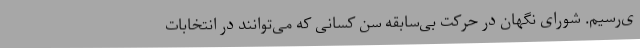
ی‌رسیم. شورای نگهان در حرکت بی‌سابقه سن کسانی که می‌توانند در انتخابات